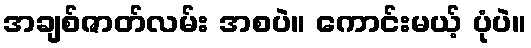
အချစ်ဇာတ်လမ်း အစပဲ။ ကောင်းမယ့် ပုံပဲ။